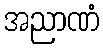
အညာဏံ